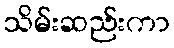
သိမ်းဆည်းကာ